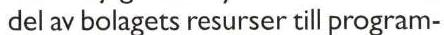
 del av bolagets resurser till program-